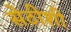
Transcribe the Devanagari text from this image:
सेठीशी